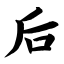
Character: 后